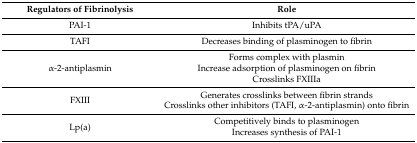
| Regulators of Fibrinolysis | Role |
 | --- | --- |
 | PAI-1 | Inhibits tPA/uPA |
 | TAFI | Decreases binding of plasminogen to fibrin |
 | α-2-antiplasmin | Forms complex with plasminIncrease adsorption of plasminogen on fibrinCrosslinks FXIIIa |
 | FXIII | Generates crosslinks between fibrin strandsCrosslinks other inhibitors (TAFI, α-2-antiplasmin) onto fibrin |
 | Lp(a) | Competitively binds to plasminogenIncreases synthesis of PAI-1 |